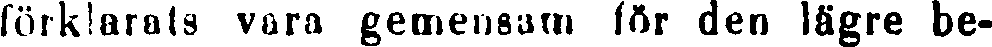
förklarats vara gemensam för den lägre be-